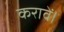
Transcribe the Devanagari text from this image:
करावें।